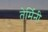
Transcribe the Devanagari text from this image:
तेर्मिनी